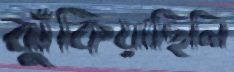
ঝুঁকিয়াছিলি